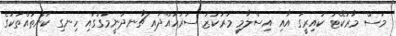
މަސް މާރުކޭޓު ކައިރީގަ އާއި އިސްލާމީ މަރުކަޒު ސަރަހައްދާއި ޗާނދަނީމަގުގައި ހިނގި ކަންތައްތަކުގެ